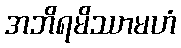
အဘိရမိဿာမဟံ